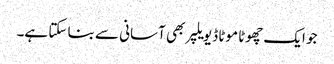
جو ایک چھوٹا موٹا ڈیویلپر بھی آسانی سے بنا سکتا ہے۔